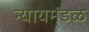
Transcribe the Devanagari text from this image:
न्यायमंडळ